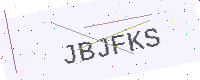
Text: JBJFKS